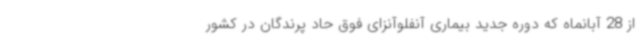
از 28 آبانماه که دوره جدید بیماری آنفلوآنزای فوق حاد پرندگان در کشور